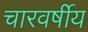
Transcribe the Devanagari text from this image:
चारवर्षीय